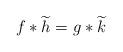
LaTeX: \begin{align*}f*\widetilde{h}=g*\widetilde{k}\end{align*}